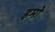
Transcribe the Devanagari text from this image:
इमो